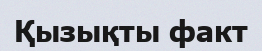
Қызықты факт